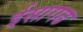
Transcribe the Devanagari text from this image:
ईसागढ